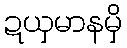
ဍယှမာနမှိ